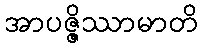
အာပဇ္ဇိဿာမာတိ